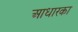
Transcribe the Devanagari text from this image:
आधारका